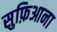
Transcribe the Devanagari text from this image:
सुफ़िआना